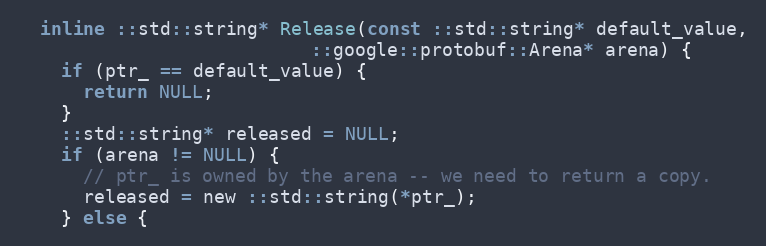
Language: C
  inline ::std::string* Release(const ::std::string* default_value,
                           ::google::protobuf::Arena* arena) {
    if (ptr_ == default_value) {
      return NULL;
    }
    ::std::string* released = NULL;
    if (arena != NULL) {
      // ptr_ is owned by the arena -- we need to return a copy.
      released = new ::std::string(*ptr_);
    } else {